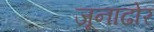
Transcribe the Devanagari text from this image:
जूनाढोर